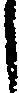
し